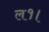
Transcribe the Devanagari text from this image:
ल१।